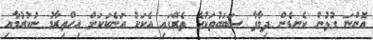
އޮންނަ ގުޅުން ކެނޑެން ދިމާވާ ސަބަބުތަކުގެ ތެރޭގައި އެކަކު އަނެކަކަށް އިހްތިރާމު ނުކުރުމާއި